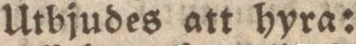
Utbjudes att hyra: